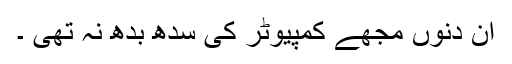
اُن دنوں مجھے کمپیوٹر کی سُدھ بُدھ نہ تھی ۔